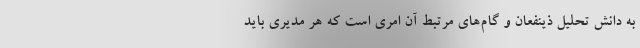
به دانش تحلیل ذینفعان و گام‌های مرتبط آن امری است که هر مدیری باید